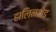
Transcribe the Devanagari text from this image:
हालिनशेड